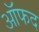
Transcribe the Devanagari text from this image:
ऑफद